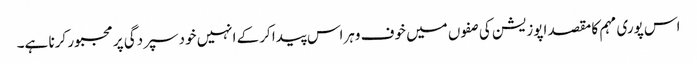
اس پوری مہم کا مقصد اپوزیشن کی صفوں میں خوف وہراس پیدا کرکے انہیں خود سپردگی پر مجبور کرنا ہے۔